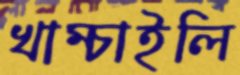
খাম্‌চাইলি